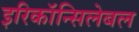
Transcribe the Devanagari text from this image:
इरिकॉन्सिलेबल